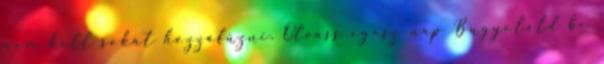
nem kell sokat hozzáfűzni. Olvass egész nap Bugyoláld be